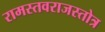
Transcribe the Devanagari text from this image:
रामस्तवराजस्तोत्र